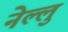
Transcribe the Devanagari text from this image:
नेल्लु